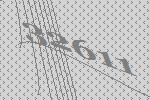
32611